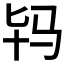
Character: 𱅀